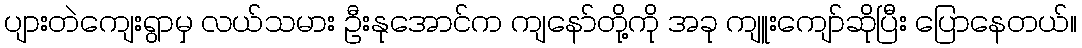
ပျားတဲကျေးရွာမှ လယ်သမား ဦးနုအောင်က ကျနော်တို့ကို အခု ကျူးကျော်ဆိုပြီး ပြောနေတယ်။